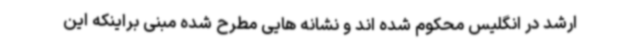
ارشد در انگلیس محکوم شده اند و نشانه هایی مطرح شده مبنی براینکه این